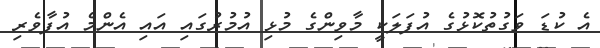
އެ ކުޑަ ވަގުތުކޮޅުގެ އުފަލަކީ މާވިންގެ މުޅި އުމުރުގައި އައި އެންމެ އުފާވެރި